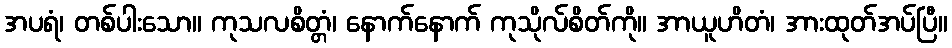
အပရံ၊ တစ်ပါးသော။ ကုသလစိတ္တံ၊ နောက်နောက် ကုသိုလ်စိတ်ကို။ အာယူဟိတံ၊ အားထုတ်အပ်ပြီ။